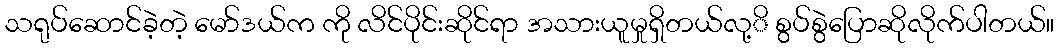
သရုပ်ဆောင်ခဲ့တဲ့ မော်ဒယ်က ကို လိင်ပိုင်းဆိုင်ရာ အသားယူမှုရှိတယ်လု့ိ စွပ်စွဲပြောဆိုလိုက်ပါတယ်။